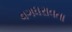
વગધરાવતા